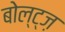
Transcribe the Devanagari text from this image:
बोल्ट्ज़